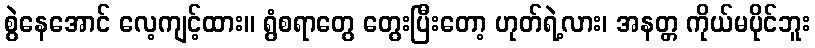
စွဲနေအောင် လေ့ကျင့်ထား။ ရွံစရာတွေ တွေးပြီးတော့ ဟုတ်ရဲ့လား၊ အနတ္တ ကိုယ်မပိုင်ဘူး